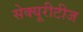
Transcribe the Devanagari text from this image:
सेक्यूरीटीज